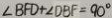
\angle B F D + \angle D B F = 9 0 ^ { \circ }